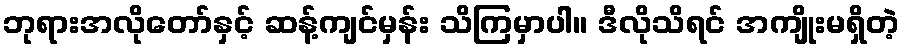
ဘုရားအလိုတော်နှင့် ဆန့်ကျင်မှန်း သိကြမှာပါ။ ဒီလိုသိရင် အကျိုးမရှိတဲ့